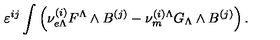
\varepsilon ^ { i j } \int \left( { \nu } _ { e \Lambda } ^ { ( i ) } F ^ { \Lambda } \wedge B ^ { ( j ) } - { \nu } _ { m } ^ { ( i ) \Lambda } G _ { \Lambda } \wedge B ^ { ( j ) } \right) .